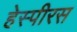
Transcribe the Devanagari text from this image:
हेस्पीरस